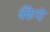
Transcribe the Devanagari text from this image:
बँकेचॆ